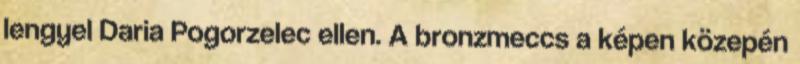
lengyel Daria Pogorzelec ellen. A bronzmeccs a képen közepén